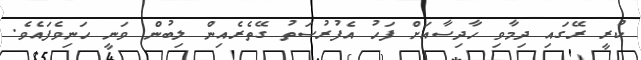
ކުރީ ރޭގައި ދިމާވި ހާދިސާއަށް ފަހު އެފުރުސަތު ގޭތެރެއިން ލިބުން ވަނީ ހަނިވެފައެވެ.